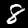
Label: 8